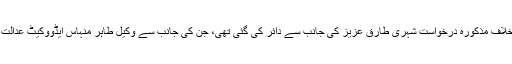
مسجد کی بندش کے خلاف مذکورہ درخواست شہری طارق عزیز کی جانب سے دائر کی گئی تھی، جن کی جانب سے وکیل طاہر منہاس ایڈووکیٹ عدالت میں پیش ہوئے تھے۔